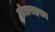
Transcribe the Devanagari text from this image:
मंत्ररहस्य